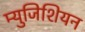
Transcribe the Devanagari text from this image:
म्युजिशियन